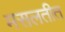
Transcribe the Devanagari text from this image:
मसलतीत